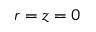
r = z = 0